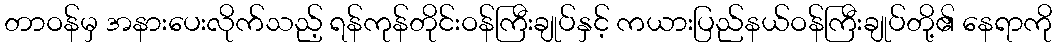
တာဝန်မှ အနားပေးလိုက်သည့် ရန်ကုန်တိုင်းဝန်ကြီးချုပ်နှင့် ကယားပြည်နယ်ဝန်ကြီးချုပ်တို့၏ နေရာကို